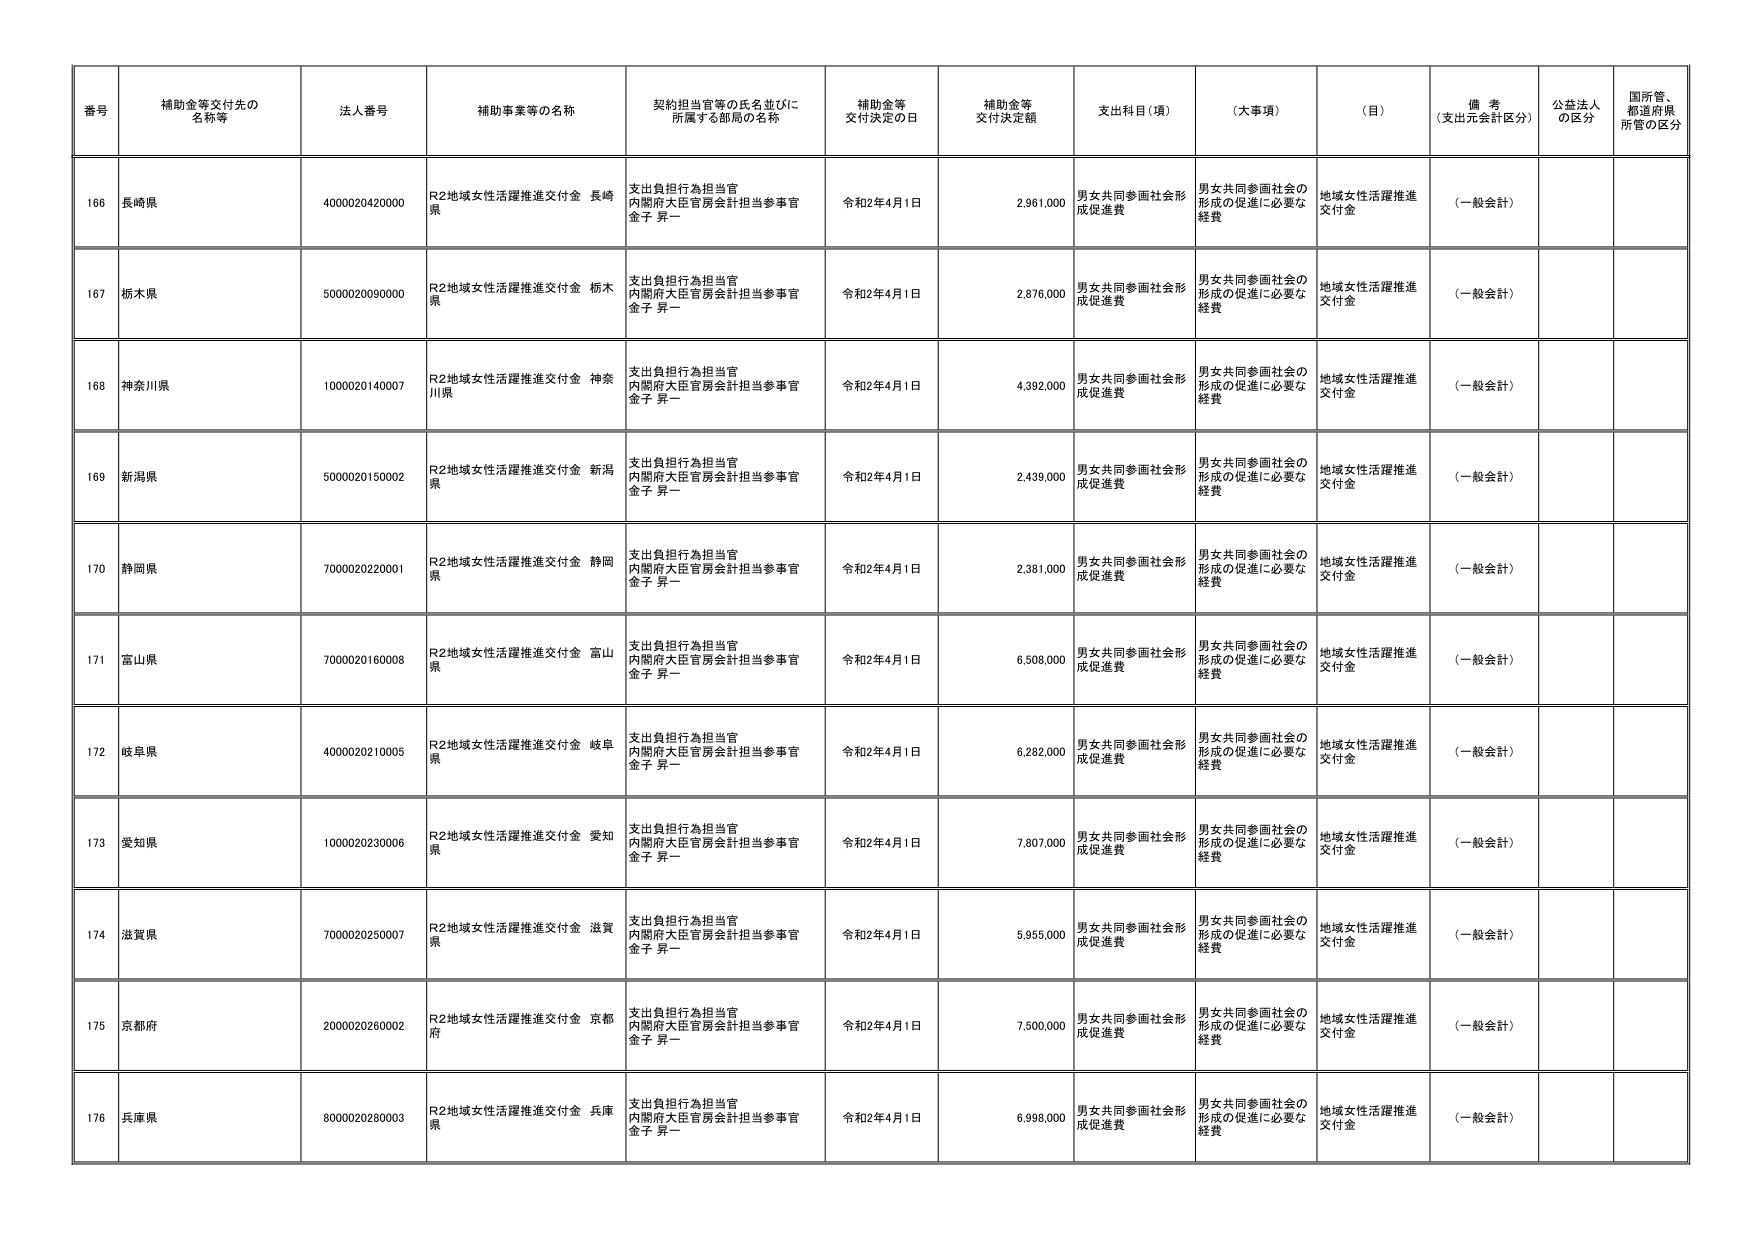
番号 補助金等交付先の名称等 法人番号 補助事業等の名称 契約担当官等の氏名並びに所属する部局の名称 補助金等交付決定の日 補助金等交付決定額 支出科目（項） （大事項） （目） 備考（支出元会計区分） 公益法人の区分 国所管、都道府県所管の区分
166 長崎県 4000020420000 R2地域女性活躍推進交付金 長崎県 支出負担行為担当官 内閣府大臣官房会計担当参事官 金子 昇一 令和2年4月1日 2,961,000 男女共同参画社会形成促進費 男女共同参画社会の形成の促進に必要な経費 地域女性活躍推進交付金 （一般会計）
167 栃木県 5000020090000 R2地域女性活躍推進交付金 栃木県 支出負担行為担当官 内閣府大臣官房会計担当参事官 金子 昇一 令和2年4月1日 2,876,000 男女共同参画社会形成促進費 男女共同参画社会の形成の促進に必要な経費 地域女性活躍推進交付金 （一般会計）
168 神奈川県 1000020140007 R2地域女性活躍推進交付金 神奈川県 支出負担行為担当官 内閣府大臣官房会計担当参事官 金子 昇一 令和2年4月1日 4,392,000 男女共同参画社会形成促進費 男女共同参画社会の形成の促進に必要な経費 地域女性活躍推進交付金 （一般会計）
169 新潟県 5000020150002 R2地域女性活躍推進交付金 新潟県 支出負担行為担当官 内閣府大臣官房会計担当参事官 金子 昇一 令和2年4月1日 2,439,000 男女共同参画社会形成促進費 男女共同参画社会の形成の促進に必要な経費 地域女性活躍推進交付金 （一般会計）
170 静岡県 7000020220001 R2地域女性活躍推進交付金 静岡県 支出負担行為担当官 内閣府大臣官房会計担当参事官 金子 昇一 令和2年4月1日 2,381,000 男女共同参画社会形成促進費 男女共同参画社会の形成の促進に必要な経費 地域女性活躍推進交付金 （一般会計）
171 富山県 7000020160008 R2地域女性活躍推進交付金 富山県 支出負担行為担当官 内閣府大臣官房会計担当参事官 金子 昇一 令和2年4月1日 6,508,000 男女共同参画社会形成促進費 男女共同参画社会の形成の促進に必要な経費 地域女性活躍推進交付金 （一般会計）
172 岐阜県 4000020210005 R2地域女性活躍推進交付金 岐阜県 支出負担行為担当官 内閣府大臣官房会計担当参事官 金子 昇一 令和2年4月1日 6,282,000 男女共同参画社会形成促進費 男女共同参画社会の形成の促進に必要な経費 地域女性活躍推進交付金 （一般会計）
173 愛知県 1000020230006 R2地域女性活躍推進交付金 愛知県 支出負担行為担当官 内閣府大臣官房会計担当参事官 金子 昇一 令和2年4月1日 7,807,000 男女共同参画社会形成促進費 男女共同参画社会の形成の促進に必要な経費 地域女性活躍推進交付金 （一般会計）
174 滋賀県 7000020250007 R2地域女性活躍推進交付金 滋賀県 支出負担行為担当官 内閣府大臣官房会計担当参事官 金子 昇一 令和2年4月1日 5,955,000 男女共同参画社会形成促進費 男女共同参画社会の形成の促進に必要な経費 地域女性活躍推進交付金 （一般会計）
175 京都府 2000020260002 R2地域女性活躍推進交付金 京都府 支出負担行為担当官 内閣府大臣官房会計担当参事官 金子 昇一 令和2年4月1日 7,500,000 男女共同参画社会形成促進費 男女共同参画社会の形成の促進に必要な経費 地域女性活躍推進交付金 （一般会計）
176 兵庫県 8000020280003 R2地域女性活躍推進交付金 兵庫県 支出負担行為担当官 内閣府大臣官房会計担当参事官 金子 昇一 令和2年4月1日 6,998,000 男女共同参画社会形成促進費 男女共同参画社会の形成の促進に必要な経費 地域女性活躍推進交付金 （一般会計）